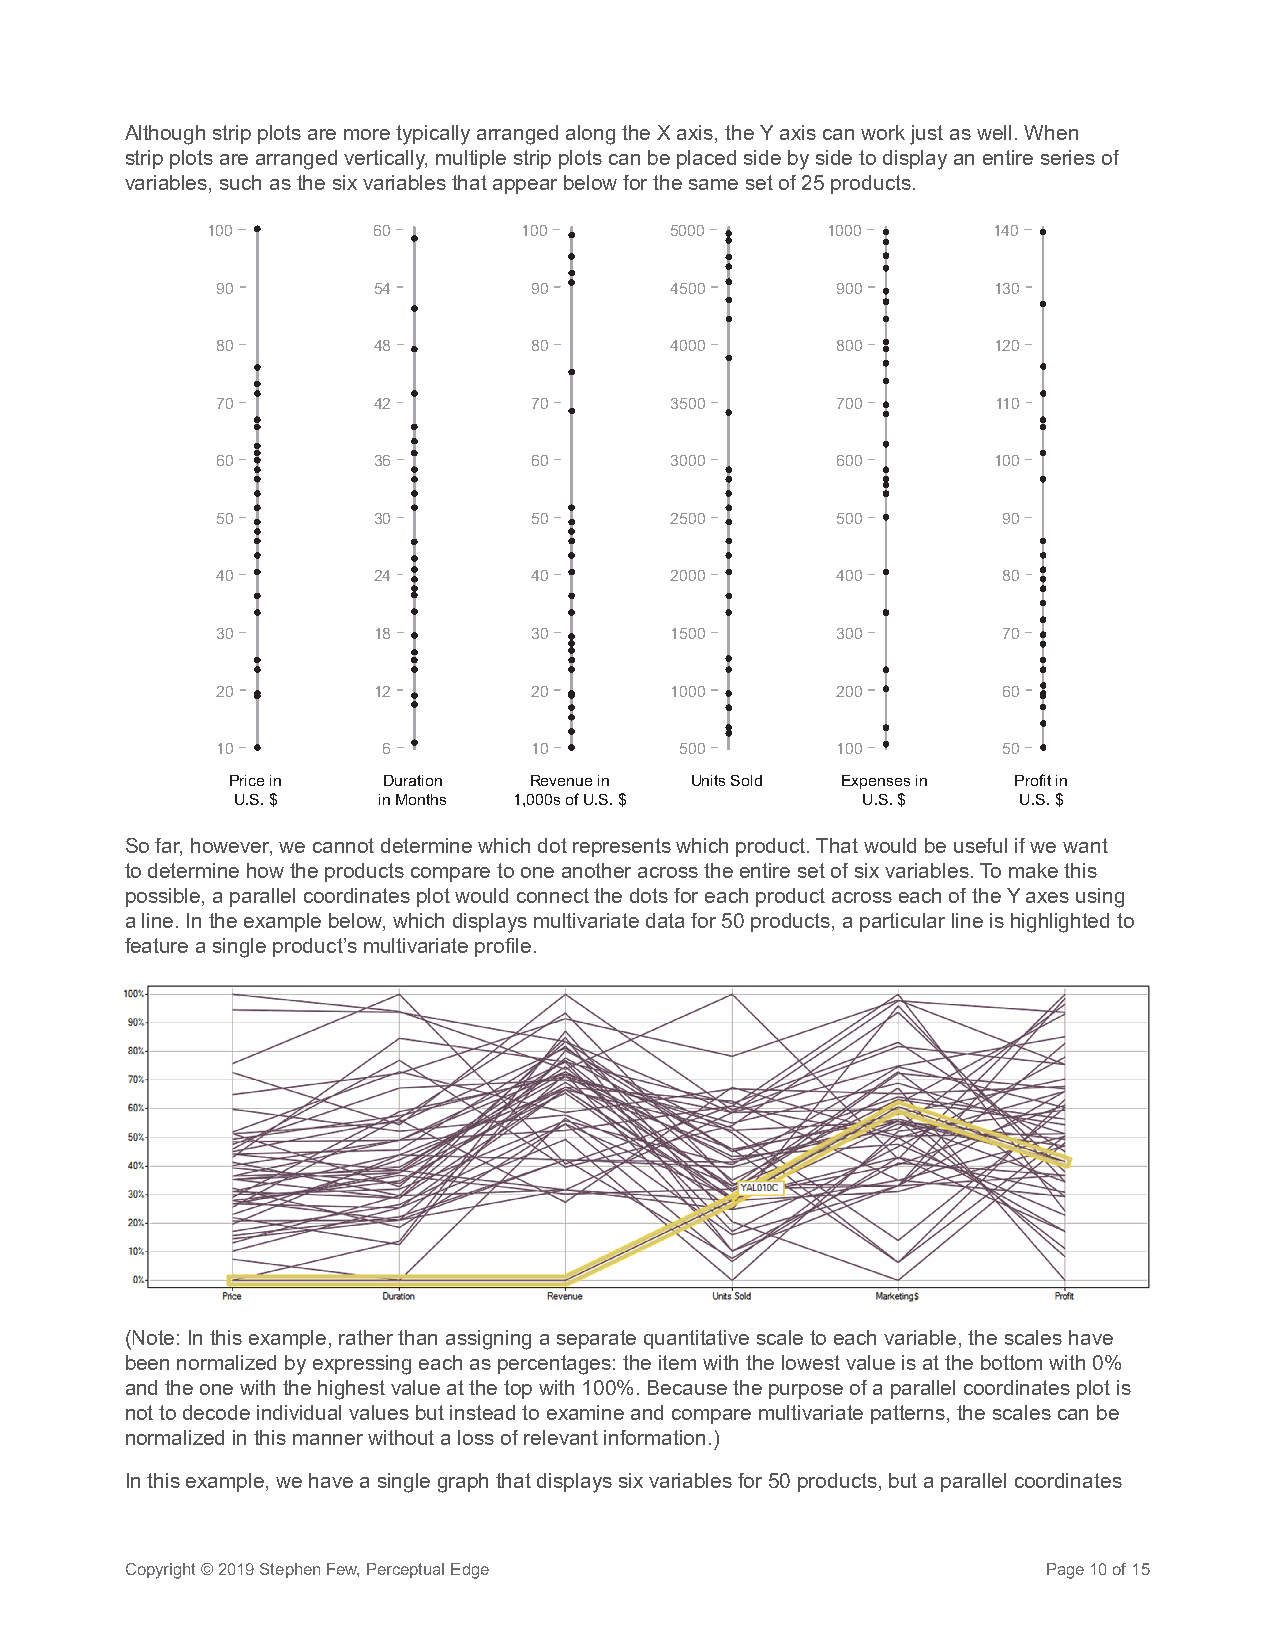
Although strip plots are more typically arranged along the X axis, the Y axis can work just as well. When
 strip plots are arranged vertically, multiple strip plots can be placed side by side to display an entire series of
 variables, such as the six variables that appear below for the same set of 25 products.
 100        60        100      5000       1000       140
 90         54        90       4500       900        130
 80         48        80       4000       800        120
 70         42        70       3500       700        110
 60         36        60       3000       600        100
 50         30        50       2500       500        90
 40         24        40       2000       400        80
 30         18        30       1500       300        70
 20         12        20       1000       200        60
 10         6         10        500       100        50
 Price in  Duration  Revenue in Units Sold Expenses in Profit in
 U.S. $    in Months 1,000s of U.S. $      U.S. $    U.S. $
 So far, however, we cannot determine which dot represents which product. That would be useful if we want
 to determine how the products compare to one another across the entire set of six variables. To make this
 possible, a parallel coordinates plot would connect the dots for each product across each of the Y axes using
 a line. In the example below, which displays multivariate data for 50 products, a particular line is highlighted to
 feature a single product’s multivariate profile.
 (Note: In this example, rather than assigning a separate quantitative scale to each variable, the scales have
 been normalized by expressing each as percentages: the item with the lowest value is at the bottom with 0%
 and the one with the highest value at the top with 100%. Because the purpose of a parallel coordinates plot is
 not to decode individual values but instead to examine and compare multivariate patterns, the scales can be
 normalized in this manner without a loss of relevant information.)
 In this example, we have a single graph that displays six variables for 50 products, but a parallel coordinates
 Copyright © 2019 Stephen Few, Perceptual Edge                Page 10 of 15